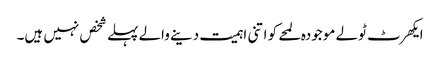
ایکھرٹ ٹولے موجودہ لمحے کو اتنی اہمیت دینے والے پہلے شخص نہیں ہیں۔